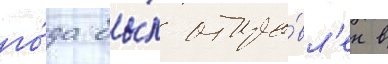
го́да бы́л отпра́вл'ен в